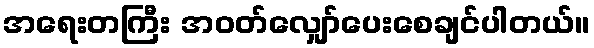
အရေးတကြီး အဝတ်လျှော်ပေးစေချင်ပါတယ်။